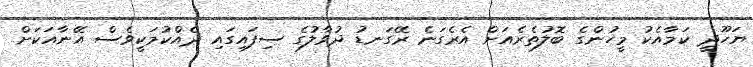
ޔަހޫދީ ކަމާއެކު މީހުންގެ ބޮލުތެރެއަށް އެރެގަނެ ރޭގަނޑު ދުވާލުގެ ސިފައިގައި ދެއްކުމަކީވެސް އޭނާއަކަށް